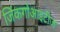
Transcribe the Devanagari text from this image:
जिंकगोआइटीज